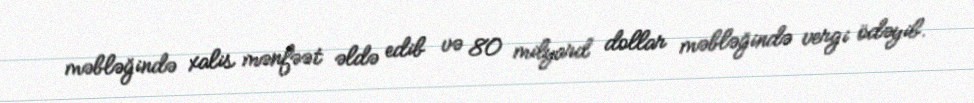
məbləğində xalis mənfəət əldə edib və 80 milyard dollar məbləğində vergi ödəyib.